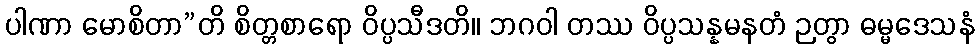
ပါဏာ မောစိတာ”တိ စိတ္တစာရော ဝိပ္ပသီဒတိ။ ဘဂဝါ တဿ ဝိပ္ပသန္နမနတံ ဉတွာ ဓမ္မဒေသနံ